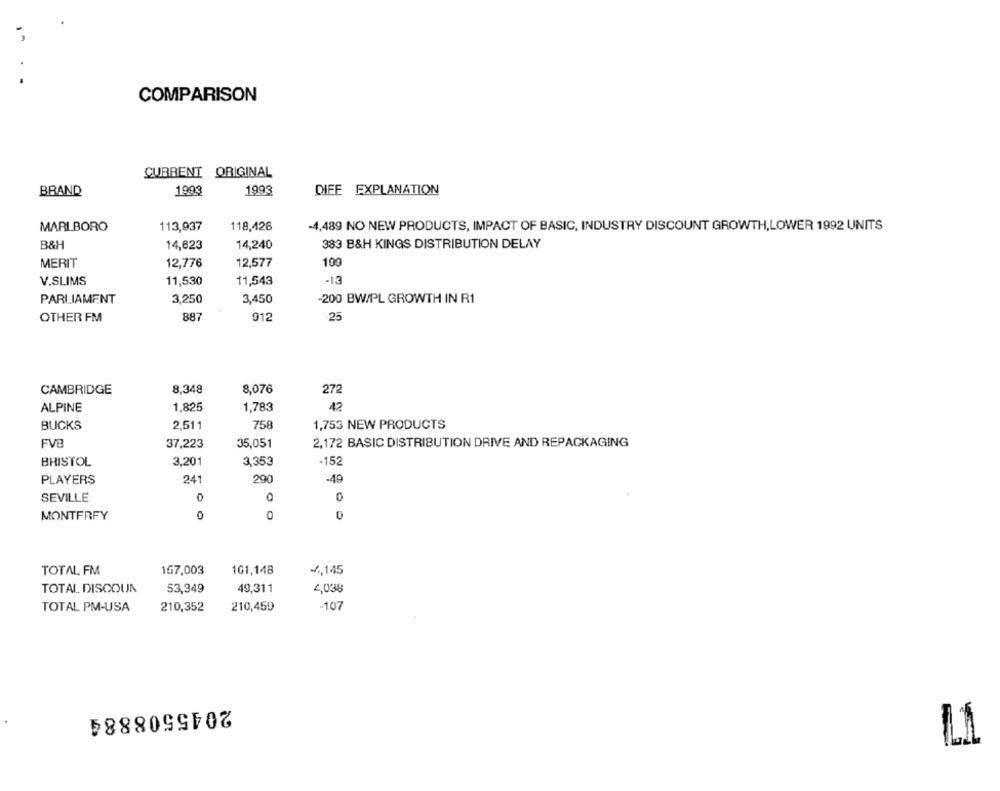
COMPARISON
CURRENT ORIGINAL
1993
BRAND
1993
DIFE EXPLANATION
MARLBORO
113,937
118,426
-4,489 NO NEW PRODUCTS, IMPACT OF BASIC, INDUSTRY DISCOUNT GROWTH, LOWER 1992 UNITS
B&H
14,623
14,240
383 B&H KINGS DISTRIBUTION DELAY
MERIT
12,776
12,577
100
V.SLIMS
11,530
11,543
- 13
PARLIAMENT
3,250
3,450
-200 BW/PL GROWTH IN R1
887
912
.25
OTHER FM
8,348
8,076
CAMBRIDGE
272
ALPINE
1,825
1,783
42
BUCKS
2,511
758
1,753 NEW PRODUCTS
FVB
37,223
35,051
2,172 BASIC DISTRIBUTION DRIVE AND REPACKAGING
-152
BRISTOL
3,201
3,353
PLAYERS
241
290
-40
SEVILLE
0
0
MONTFRFY
TOTAL FM
167.003
101,148
-4,145
TOTAL DISCOUN
53,349
49,311
4,038
TOTAL PM-USA
210,352
210,459
-107
2045508884
-